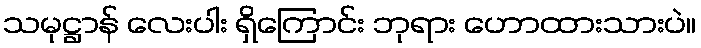
သမုဋ္ဌာန် လေးပါး ရှိကြောင်း ဘုရား ဟောထားသားပဲ။